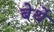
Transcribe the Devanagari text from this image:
बेर्थे